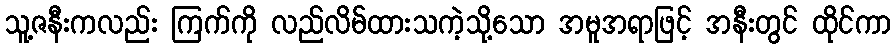
သူ့ဇနီးကလည်း ကြက်ကို လည်လိမ်ထားသကဲ့သို့သော အမူအရာဖြင့် အနီးတွင် ထိုင်ကာ